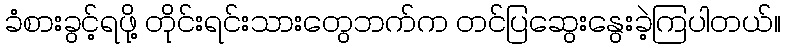
ခံစားခွင့်ရဖို့ တိုင်းရင်းသားတွေဘက်က တင်ပြဆွေးနွေးခဲ့ကြပါတယ်။